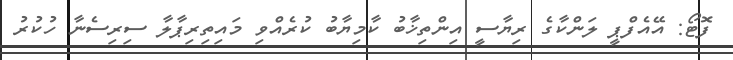
ފޮޓޯ: އޭއެފްޕީ ލަންކާގެ ރިޔާސީ އިންތިޚާބު ކާމިޔާބު ކުރެއްވި މައިތިރިޕާލާ ސިރިސެނާ ހުކުރު